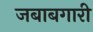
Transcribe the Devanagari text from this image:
जबाबगारी